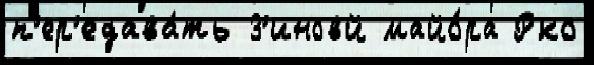
п'ер'едава́ть З'иновй майо́ра Рко